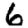
Digit: 6